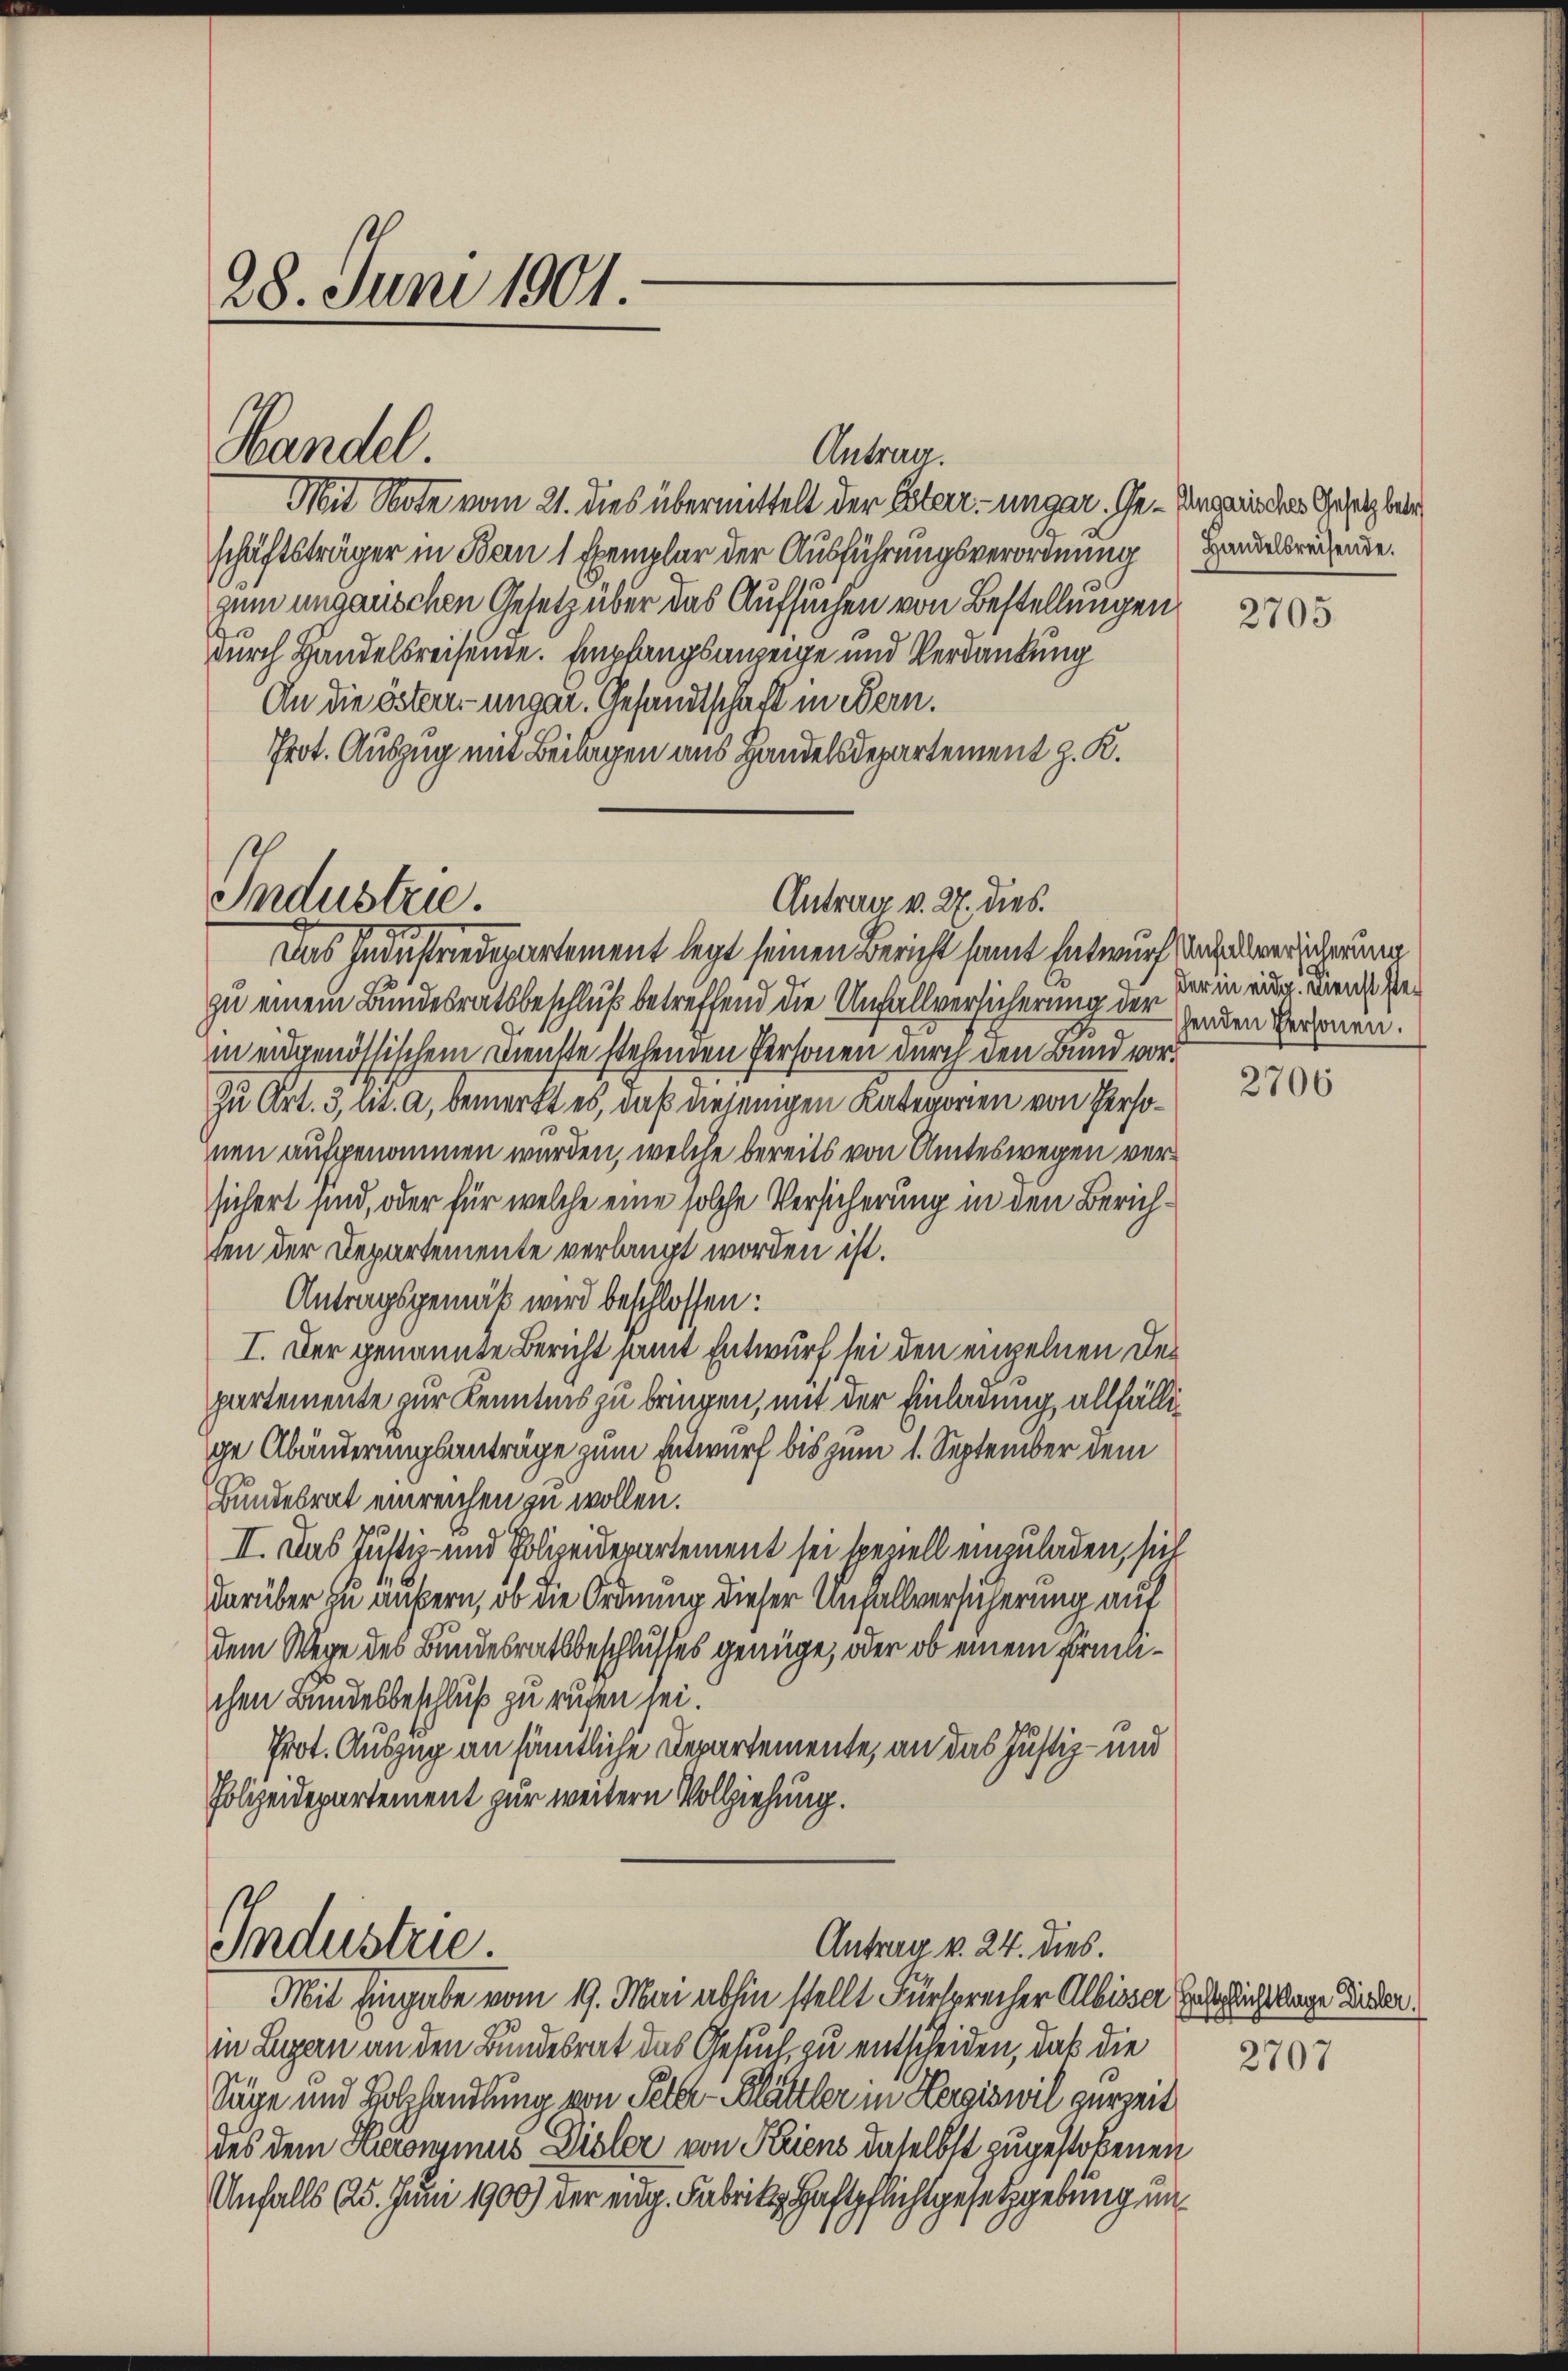
28. Juni 1901.

Handel

Industrie.

Mit Note vom 21. dies übermittelt der Esterr.-ungar. Ge- Ungemeindes Gesetz betr
schäftsträger in Bern 1 Exemplar der Ausführungsverordnung Handelsrechende.
zum ungauschen Gesetz über das Aufsuchen von Bestellungen
durch Handelsreisende. Empfangsanzeige und Verdankung
An die österr.-ungar. Gesandtschaft in Bern.
Prot. Auszug mit Beilagen aus Handelsdepartement z. R.
Das Industriedepartement legt seinen Bericht samt Entwurf nach versicherung
zu einem Bundesratsbeschluß betreffend die Unfallversicherung der der in einer. Dienst Bein eidgenössischem Dienste stehenden Personen durch den Bund vor¬
Zu Art. 3, lit. a, bemerkt es, daß diejenigen Kategorien von Perso¬
Inen aufgenommen wurden, welche bereits von Amteswegen versichert sind, oder für welche eine solche Versicherung in den Zürichten der Departemente verlangt worden ist.
Antragsgemäß wird beschlossen:
I. Der genannte Bericht samt Entwurf sei den einzelnen Departemente zur Kenntnis zu bringen, mit der Einladung allfällige Abänderungsanträge zum Entwurf bis zum 1. September dem
Bundesrat einreichen zu wollen.
II. Das Justiz- und Polizeidepartement sei speziell einzuladen, sich
darüber zu äußern, ob die Ordnung dieser Unfallversicherung auf
dem Wege des Bundesratsbeschlusses genüge, oder ob einem formlichen Bundesbeschluß zu rufen sei.
Prot. Auszug an sämtliche Departemente, an das Justiz- und
Polizeidepartement zur weitern Vollziehung.

Antrag.

Antrag v. 27. dies.

Industrie
Antrag v. 24. dies.

Mit Eingabe vom 19. Mai abhin stellt Fürsprecher Albisser folglichtlage Lederin Luzern an den Bundesrat das Gesuch, zu entscheiden, daß die
Säge und Holzhandlung von Peter-Blättler in Hergiswil gereit
des dem Hironimus Lisler von Kriens daselbst zugestobenen
Unfalls 25. Juni 1900) der eidg. Fabrik Haftpflichtgesetzgebung un¬

2705

senden Personen.

2706

2707